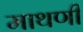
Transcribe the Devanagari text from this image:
माथणी